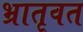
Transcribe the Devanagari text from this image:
भ्रातृवत